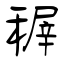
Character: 稺